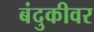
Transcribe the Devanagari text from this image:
बंदुकीवर